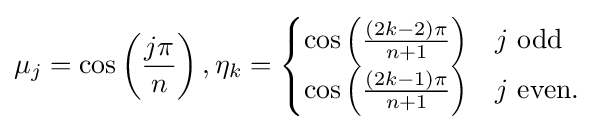
\mu _{j}=\cos \left({\frac {j\pi }{n}}\right),\eta _{k}={\begin{cases}\cos \left({\frac {(2k-2)\pi }{n+1}}\right)&j{\mbox{ odd}}\\\cos \left({\frac {(2k-1)\pi }{n+1}}\right)&j{\mbox{ even.}}\end{cases}}